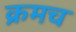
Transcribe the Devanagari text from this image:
क्रमच